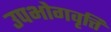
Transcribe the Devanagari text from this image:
उपभोगवृत्ति